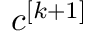
c ^ { [ k + 1 ] }